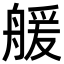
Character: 𦩮